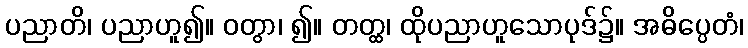
ပညာတိ၊ ပညာဟူ၍။ ဝတွာ၊ ၍။ တတ္ထ၊ ထိုပညာဟူသောပုဒ်၌။ အဓိပ္ပေတံ၊